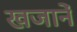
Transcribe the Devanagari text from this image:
खजानें